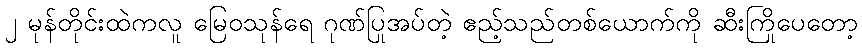
၂ မုန်တိုင်းထဲကလူ မြေဝသုန်ရေ ဂုဏ်ပြုအပ်တဲ့ ဧည့်သည်တစ်ယောက်ကို ဆီးကြိုပေတော့